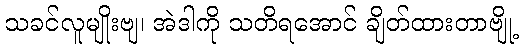
သခင်လူမျိုးဗျ၊ အဲဒါကို သတိရအောင် ချိတ်ထားတာဗျို့